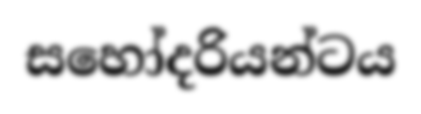
සහෝදරියන්ටය